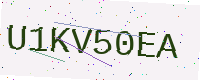
Text: U1KV50EA